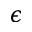
\epsilon